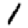
Digit: 1